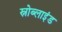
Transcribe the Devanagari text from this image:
स्नोब्लाइंड